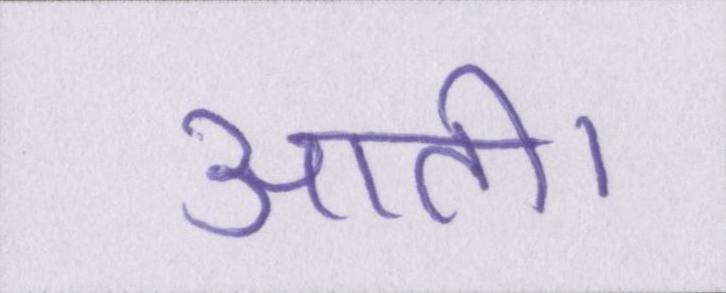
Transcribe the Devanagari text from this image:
आती।